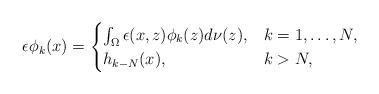
LaTeX: \begin{align*} \epsilon\phi_{k}(x) = \begin{cases} \int_{\Omega} \epsilon(x, z) \phi_{k}(z) d\nu(z), & k = 1, \ldots, N,\\ h_{k-N}(x), & k > N, \end{cases} \end{align*}